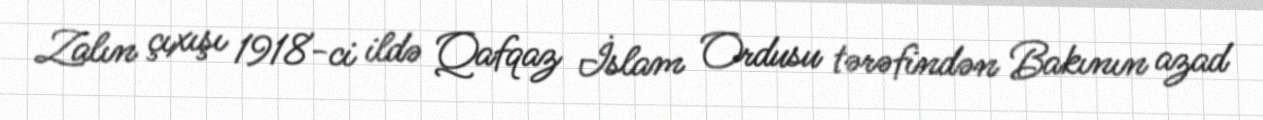
Zalın çıxışı 1918-ci ildə Qafqaz İslam Ordusu tərəfindən Bakının azad